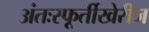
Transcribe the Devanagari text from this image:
अंतःस्फूर्तीखेरीज